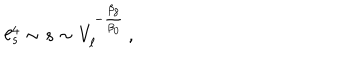
\ell _ { s } ^ { 4 } \sim s \sim V _ { \ell } ^ { - { \frac { \beta _ { 8 } } { \beta _ { 0 } } } } \, ,